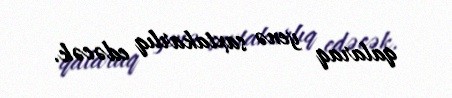
qalaraq yenə saxtakarlıq edəcək.